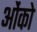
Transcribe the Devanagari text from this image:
ओंको